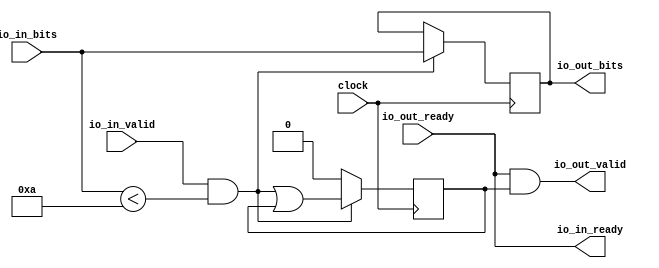
module SmallOdds5Filter(
  input         clock,
  output        io_in_ready,
  input         io_in_valid,
  input  [31:0] io_in_bits,
  input         io_out_ready,
  output        io_out_valid,
  output [31:0] io_out_bits
);
`ifdef RANDOMIZE_REG_INIT
  reg [31:0] _RAND_0;
  reg [31:0] _RAND_1;
`endif // RANDOMIZE_REG_INIT
  reg  valid; // @[DecoupledAdvTester.scala 21:20]
  reg [31:0] result; // @[DecoupledAdvTester.scala 23:21]
  wire  _T_17 = io_in_bits < 32'ha; // @[DecoupledAdvTester.scala 38:36]
  wire  _GEN_1 = io_in_valid & _T_17 | valid; // @[DecoupledAdvTester.scala 25:44 DecoupledAdvTester.scala 27:13 DecoupledAdvTester.scala 21:20]
  wire  _T_21 = ~(io_in_valid & _T_17); // @[DecoupledAdvTester.scala 25:44]
  assign io_in_ready = io_out_ready; // @[DecoupledAdvTester.scala 19:17]
  assign io_out_valid = io_out_ready & valid; // @[DecoupledAdvTester.scala 33:34]
  assign io_out_bits = result; // @[DecoupledAdvTester.scala 32:17]
  always @(posedge clock) begin
    if (_T_21) begin // @[DecoupledAdvTester.scala 28:7]
      valid <= 1'h0; // @[DecoupledAdvTester.scala 29:13]
    end else begin
      valid <= _GEN_1;
    end
    if (io_in_valid & _T_17) begin // @[DecoupledAdvTester.scala 25:44]
      result <= io_in_bits; // @[DecoupledAdvTester.scala 26:14]
    end
  end
// Register and memory initialization
`ifdef RANDOMIZE_GARBAGE_ASSIGN
`define RANDOMIZE
`endif
`ifdef RANDOMIZE_INVALID_ASSIGN
`define RANDOMIZE
`endif
`ifdef RANDOMIZE_REG_INIT
`define RANDOMIZE
`endif
`ifdef RANDOMIZE_MEM_INIT
`define RANDOMIZE
`endif
`ifndef RANDOM
`define RANDOM $random
`endif
`ifdef RANDOMIZE_MEM_INIT
  integer initvar;
`endif
`ifndef SYNTHESIS
`ifdef FIRRTL_BEFORE_INITIAL
`FIRRTL_BEFORE_INITIAL
`endif
initial begin
  `ifdef RANDOMIZE
    `ifdef INIT_RANDOM
      `INIT_RANDOM
    `endif
    `ifndef VERILATOR
      `ifdef RANDOMIZE_DELAY
        #`RANDOMIZE_DELAY begin end
      `else
        #0.002 begin end
      `endif
    `endif
`ifdef RANDOMIZE_REG_INIT
  _RAND_0 = {1{`RANDOM}};
  valid = _RAND_0[0:0];
  _RAND_1 = {1{`RANDOM}};
  result = _RAND_1[31:0];
`endif // RANDOMIZE_REG_INIT
  `endif // RANDOMIZE
end // initial
`ifdef FIRRTL_AFTER_INITIAL
`FIRRTL_AFTER_INITIAL
`endif
`endif // SYNTHESIS
endmodule
module Queue(
  input         clock,
  input         reset,
  output        io_enq_ready,
  input         io_enq_valid,
  input  [31:0] io_enq_bits,
  input         io_deq_ready,
  output        io_deq_valid,
  output [31:0] io_deq_bits
);
`ifdef RANDOMIZE_MEM_INIT
  reg [31:0] _RAND_0;
`endif // RANDOMIZE_MEM_INIT
`ifdef RANDOMIZE_REG_INIT
  reg [31:0] _RAND_1;
  reg [31:0] _RAND_2;
  reg [31:0] _RAND_3;
`endif // RANDOMIZE_REG_INIT
  reg [31:0] ram [0:1]; // @[Decoupled.scala 200:24]
  wire  ram__T_51_en; // @[Decoupled.scala 200:24]
  wire  ram__T_51_addr; // @[Decoupled.scala 200:24]
  wire [31:0] ram__T_51_data; // @[Decoupled.scala 200:24]
  wire [31:0] ram__T_37_data; // @[Decoupled.scala 200:24]
  wire  ram__T_37_addr; // @[Decoupled.scala 200:24]
  wire  ram__T_37_mask; // @[Decoupled.scala 200:24]
  wire  ram__T_37_en; // @[Decoupled.scala 200:24]
  reg  value; // @[Counter.scala 17:33]
  reg  value_1; // @[Counter.scala 17:33]
  reg  maybe_full; // @[Decoupled.scala 203:35]
  wire  _T_28 = value == value_1; // @[Decoupled.scala 205:41]
  wire  _T_31 = _T_28 & ~maybe_full; // @[Decoupled.scala 206:33]
  wire  _T_32 = _T_28 & maybe_full; // @[Decoupled.scala 207:32]
  wire  do_enq = io_enq_ready & io_enq_valid; // @[Decoupled.scala 29:37]
  wire  do_deq = io_deq_ready & io_deq_valid; // @[Decoupled.scala 29:37]
  assign ram__T_51_en = 1'h1;
  assign ram__T_51_addr = value_1;
  assign ram__T_51_data = ram[ram__T_51_addr]; // @[Decoupled.scala 200:24]
  assign ram__T_37_data = io_enq_bits;
  assign ram__T_37_addr = value;
  assign ram__T_37_mask = 1'h1;
  assign ram__T_37_en = io_enq_ready & io_enq_valid;
  assign io_enq_ready = ~_T_32; // @[Decoupled.scala 223:19]
  assign io_deq_valid = ~_T_31; // @[Decoupled.scala 222:19]
  assign io_deq_bits = ram__T_51_data; // @[Decoupled.scala 224:15]
  always @(posedge clock) begin
    if (ram__T_37_en & ram__T_37_mask) begin
      ram[ram__T_37_addr] <= ram__T_37_data; // @[Decoupled.scala 200:24]
    end
    if (reset) begin // @[Counter.scala 17:33]
      value <= 1'h0; // @[Counter.scala 17:33]
    end else if (do_enq) begin // @[Decoupled.scala 211:17]
      value <= value + 1'h1; // @[Counter.scala 26:13]
    end
    if (reset) begin // @[Counter.scala 17:33]
      value_1 <= 1'h0; // @[Counter.scala 17:33]
    end else if (do_deq) begin // @[Decoupled.scala 215:17]
      value_1 <= value_1 + 1'h1; // @[Counter.scala 26:13]
    end
    if (reset) begin // @[Decoupled.scala 203:35]
      maybe_full <= 1'h0; // @[Decoupled.scala 203:35]
    end else if (do_enq != do_deq) begin // @[Decoupled.scala 218:27]
      maybe_full <= do_enq; // @[Decoupled.scala 219:16]
    end
  end
// Register and memory initialization
`ifdef RANDOMIZE_GARBAGE_ASSIGN
`define RANDOMIZE
`endif
`ifdef RANDOMIZE_INVALID_ASSIGN
`define RANDOMIZE
`endif
`ifdef RANDOMIZE_REG_INIT
`define RANDOMIZE
`endif
`ifdef RANDOMIZE_MEM_INIT
`define RANDOMIZE
`endif
`ifndef RANDOM
`define RANDOM $random
`endif
`ifdef RANDOMIZE_MEM_INIT
  integer initvar;
`endif
`ifndef SYNTHESIS
`ifdef FIRRTL_BEFORE_INITIAL
`FIRRTL_BEFORE_INITIAL
`endif
initial begin
  `ifdef RANDOMIZE
    `ifdef INIT_RANDOM
      `INIT_RANDOM
    `endif
    `ifndef VERILATOR
      `ifdef RANDOMIZE_DELAY
        #`RANDOMIZE_DELAY begin end
      `else
        #0.002 begin end
      `endif
    `endif
`ifdef RANDOMIZE_MEM_INIT
  _RAND_0 = {1{`RANDOM}};
  for (initvar = 0; initvar < 2; initvar = initvar+1)
    ram[initvar] = _RAND_0[31:0];
`endif // RANDOMIZE_MEM_INIT
`ifdef RANDOMIZE_REG_INIT
  _RAND_1 = {1{`RANDOM}};
  value = _RAND_1[0:0];
  _RAND_2 = {1{`RANDOM}};
  value_1 = _RAND_2[0:0];
  _RAND_3 = {1{`RANDOM}};
  maybe_full = _RAND_3[0:0];
`endif // RANDOMIZE_REG_INIT
  `endif // RANDOMIZE
end // initial
`ifdef FIRRTL_AFTER_INITIAL
`FIRRTL_AFTER_INITIAL
`endif
`endif // SYNTHESIS
endmodule
module SmallOdds5Filter_1(
  input         clock,
  output        io_in_ready,
  input         io_in_valid,
  input  [31:0] io_in_bits,
  input         io_out_ready,
  output        io_out_valid,
  output [31:0] io_out_bits
);
`ifdef RANDOMIZE_REG_INIT
  reg [31:0] _RAND_0;
  reg [31:0] _RAND_1;
`endif // RANDOMIZE_REG_INIT
  reg  valid; // @[DecoupledAdvTester.scala 21:20]
  reg [31:0] result; // @[DecoupledAdvTester.scala 23:21]
  wire [31:0] _T_17 = io_in_bits & 32'h1; // @[DecoupledAdvTester.scala 44:50]
  wire  _T_19 = _T_17 == 32'h1; // @[DecoupledAdvTester.scala 44:57]
  wire  _GEN_1 = io_in_valid & _T_19 | valid; // @[DecoupledAdvTester.scala 25:44 DecoupledAdvTester.scala 27:13 DecoupledAdvTester.scala 21:20]
  wire  _T_23 = ~(io_in_valid & _T_19); // @[DecoupledAdvTester.scala 25:44]
  assign io_in_ready = io_out_ready; // @[DecoupledAdvTester.scala 19:17]
  assign io_out_valid = io_out_ready & valid; // @[DecoupledAdvTester.scala 33:34]
  assign io_out_bits = result; // @[DecoupledAdvTester.scala 32:17]
  always @(posedge clock) begin
    if (_T_23) begin // @[DecoupledAdvTester.scala 28:7]
      valid <= 1'h0; // @[DecoupledAdvTester.scala 29:13]
    end else begin
      valid <= _GEN_1;
    end
    if (io_in_valid & _T_19) begin // @[DecoupledAdvTester.scala 25:44]
      result <= io_in_bits; // @[DecoupledAdvTester.scala 26:14]
    end
  end
// Register and memory initialization
`ifdef RANDOMIZE_GARBAGE_ASSIGN
`define RANDOMIZE
`endif
`ifdef RANDOMIZE_INVALID_ASSIGN
`define RANDOMIZE
`endif
`ifdef RANDOMIZE_REG_INIT
`define RANDOMIZE
`endif
`ifdef RANDOMIZE_MEM_INIT
`define RANDOMIZE
`endif
`ifndef RANDOM
`define RANDOM $random
`endif
`ifdef RANDOMIZE_MEM_INIT
  integer initvar;
`endif
`ifndef SYNTHESIS
`ifdef FIRRTL_BEFORE_INITIAL
`FIRRTL_BEFORE_INITIAL
`endif
initial begin
  `ifdef RANDOMIZE
    `ifdef INIT_RANDOM
      `INIT_RANDOM
    `endif
    `ifndef VERILATOR
      `ifdef RANDOMIZE_DELAY
        #`RANDOMIZE_DELAY begin end
      `else
        #0.002 begin end
      `endif
    `endif
`ifdef RANDOMIZE_REG_INIT
  _RAND_0 = {1{`RANDOM}};
  valid = _RAND_0[0:0];
  _RAND_1 = {1{`RANDOM}};
  result = _RAND_1[31:0];
`endif // RANDOMIZE_REG_INIT
  `endif // RANDOMIZE
end // initial
`ifdef FIRRTL_AFTER_INITIAL
`FIRRTL_AFTER_INITIAL
`endif
`endif // SYNTHESIS
endmodule
module SmallOdds5(
  input         clock,
  input         reset,
  output        io_in_ready,
  input         io_in_valid,
  input  [31:0] io_in_bits,
  input         io_out_ready,
  output        io_out_valid,
  output [31:0] io_out_bits
);
  wire  smalls_clock; // @[DecoupledAdvTester.scala 38:22]
  wire  smalls_io_in_ready; // @[DecoupledAdvTester.scala 38:22]
  wire  smalls_io_in_valid; // @[DecoupledAdvTester.scala 38:22]
  wire [31:0] smalls_io_in_bits; // @[DecoupledAdvTester.scala 38:22]
  wire  smalls_io_out_ready; // @[DecoupledAdvTester.scala 38:22]
  wire  smalls_io_out_valid; // @[DecoupledAdvTester.scala 38:22]
  wire [31:0] smalls_io_out_bits; // @[DecoupledAdvTester.scala 38:22]
  wire  q_clock; // @[DecoupledAdvTester.scala 43:22]
  wire  q_reset; // @[DecoupledAdvTester.scala 43:22]
  wire  q_io_enq_ready; // @[DecoupledAdvTester.scala 43:22]
  wire  q_io_enq_valid; // @[DecoupledAdvTester.scala 43:22]
  wire [31:0] q_io_enq_bits; // @[DecoupledAdvTester.scala 43:22]
  wire  q_io_deq_ready; // @[DecoupledAdvTester.scala 43:22]
  wire  q_io_deq_valid; // @[DecoupledAdvTester.scala 43:22]
  wire [31:0] q_io_deq_bits; // @[DecoupledAdvTester.scala 43:22]
  wire  odds_clock; // @[DecoupledAdvTester.scala 44:22]
  wire  odds_io_in_ready; // @[DecoupledAdvTester.scala 44:22]
  wire  odds_io_in_valid; // @[DecoupledAdvTester.scala 44:22]
  wire [31:0] odds_io_in_bits; // @[DecoupledAdvTester.scala 44:22]
  wire  odds_io_out_ready; // @[DecoupledAdvTester.scala 44:22]
  wire  odds_io_out_valid; // @[DecoupledAdvTester.scala 44:22]
  wire [31:0] odds_io_out_bits; // @[DecoupledAdvTester.scala 44:22]
  SmallOdds5Filter smalls ( // @[DecoupledAdvTester.scala 38:22]
    .clock(smalls_clock),
    .io_in_ready(smalls_io_in_ready),
    .io_in_valid(smalls_io_in_valid),
    .io_in_bits(smalls_io_in_bits),
    .io_out_ready(smalls_io_out_ready),
    .io_out_valid(smalls_io_out_valid),
    .io_out_bits(smalls_io_out_bits)
  );
  Queue q ( // @[DecoupledAdvTester.scala 43:22]
    .clock(q_clock),
    .reset(q_reset),
    .io_enq_ready(q_io_enq_ready),
    .io_enq_valid(q_io_enq_valid),
    .io_enq_bits(q_io_enq_bits),
    .io_deq_ready(q_io_deq_ready),
    .io_deq_valid(q_io_deq_valid),
    .io_deq_bits(q_io_deq_bits)
  );
  SmallOdds5Filter_1 odds ( // @[DecoupledAdvTester.scala 44:22]
    .clock(odds_clock),
    .io_in_ready(odds_io_in_ready),
    .io_in_valid(odds_io_in_valid),
    .io_in_bits(odds_io_in_bits),
    .io_out_ready(odds_io_out_ready),
    .io_out_valid(odds_io_out_valid),
    .io_out_bits(odds_io_out_bits)
  );
  assign io_in_ready = smalls_io_in_ready; // @[DecoupledAdvTester.scala 46:16]
  assign io_out_valid = odds_io_out_valid; // @[DecoupledAdvTester.scala 49:16]
  assign io_out_bits = odds_io_out_bits; // @[DecoupledAdvTester.scala 49:16]
  assign smalls_clock = clock;
  assign smalls_io_in_valid = io_in_valid; // @[DecoupledAdvTester.scala 46:16]
  assign smalls_io_in_bits = io_in_bits; // @[DecoupledAdvTester.scala 46:16]
  assign smalls_io_out_ready = q_io_enq_ready; // @[DecoupledAdvTester.scala 47:16]
  assign q_clock = clock;
  assign q_reset = reset;
  assign q_io_enq_valid = smalls_io_out_valid; // @[DecoupledAdvTester.scala 47:16]
  assign q_io_enq_bits = smalls_io_out_bits; // @[DecoupledAdvTester.scala 47:16]
  assign q_io_deq_ready = odds_io_in_ready; // @[DecoupledAdvTester.scala 48:16]
  assign odds_clock = clock;
  assign odds_io_in_valid = q_io_deq_valid; // @[DecoupledAdvTester.scala 48:16]
  assign odds_io_in_bits = q_io_deq_bits; // @[DecoupledAdvTester.scala 48:16]
  assign odds_io_out_ready = io_out_ready; // @[DecoupledAdvTester.scala 49:16]
endmodule